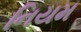
નિયમ